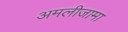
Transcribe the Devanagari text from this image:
अमलीजामा